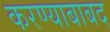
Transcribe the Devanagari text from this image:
करण्याबाबद